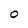
Character: O